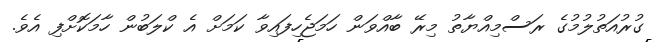
ގުރުއަތުލުމުގެ ރަސްމިއްޔާތު މިރޭ ބާއްވަން ހަމަޖެހިފައިވާ ކަމަށް އެ ކްލަބުން ހާމަކޮށްފި އެވެ.